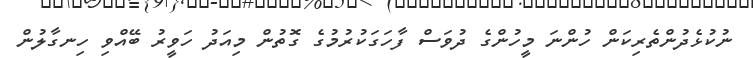
ނުކުޅެދުންތެރިކަން ހުންނަ މީހުންގެ ދުވަސް ފާހަގަކުރުމުގެ ގޮތުން މިއަދު ހަވީރު ބޭއްވި ހިނގާލުން